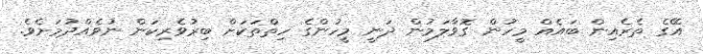
އޭގެ ތެރެއިން ބައެއް މީހުން ގޮވާލަމުން ދަނީ މީހުންގެ ހިތްތަކަށް ބިރުވެރިކަން ނުވެއްދުމަށެވެ.